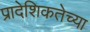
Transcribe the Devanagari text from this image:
प्रादेशिकतेच्या